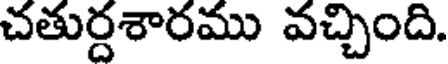
చతుర్దశారము వచ్చింది.